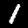
Digit: 1